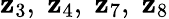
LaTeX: \mathbf{z}_{3},\; \mathbf{z}_{4},\; \mathbf{z}_{7},\; \mathbf{z}_{8}